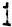
1